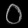
Digit: ၀